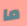
ما